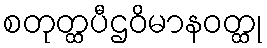
စတုတ္ထပီဌဝိမာနဝတ္ထု